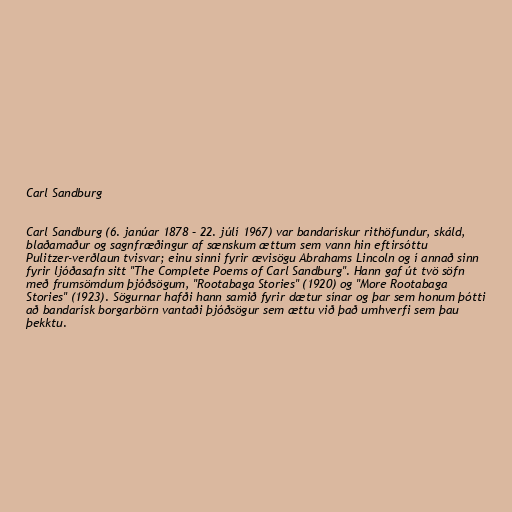
Carl Sandburg

Carl Sandburg (6. janúar 1878 – 22. júlí 1967) var bandarískur rithöfundur, skáld,
blaðamaður og sagnfræðingur af sænskum ættum sem vann hin eftirsóttu
Pulitzer-verðlaun tvisvar; einu sinni fyrir ævisögu Abrahams Lincoln og í annað sinn
fyrir ljóðasafn sitt "The Complete Poems of Carl Sandburg". Hann gaf út tvö söfn
með frumsömdum þjóðsögum, "Rootabaga Stories" (1920) og "More Rootabaga
Stories" (1923). Sögurnar hafði hann samið fyrir dætur sínar og þar sem honum þótti
að bandarísk borgarbörn vantaði þjóðsögur sem ættu við það umhverfi sem þau
þekktu.